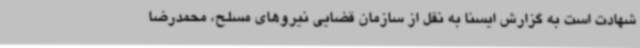
شهادت است به گزارش ایسنا به نقل از سازمان قضایی نیروهای مسلح، محمدرضا